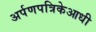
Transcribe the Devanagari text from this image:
अर्पणपत्रिकेआधी